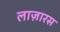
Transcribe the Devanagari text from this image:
लाज़ारस